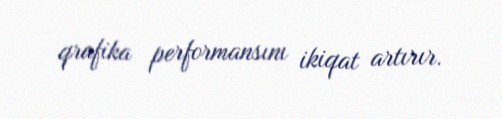
qrafika performansını ikiqat artırır.